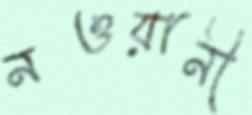
নওয়ানী